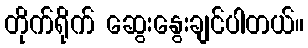
တိုက်ရိုက် ဆွေးနွေးချင်ပါတယ်။